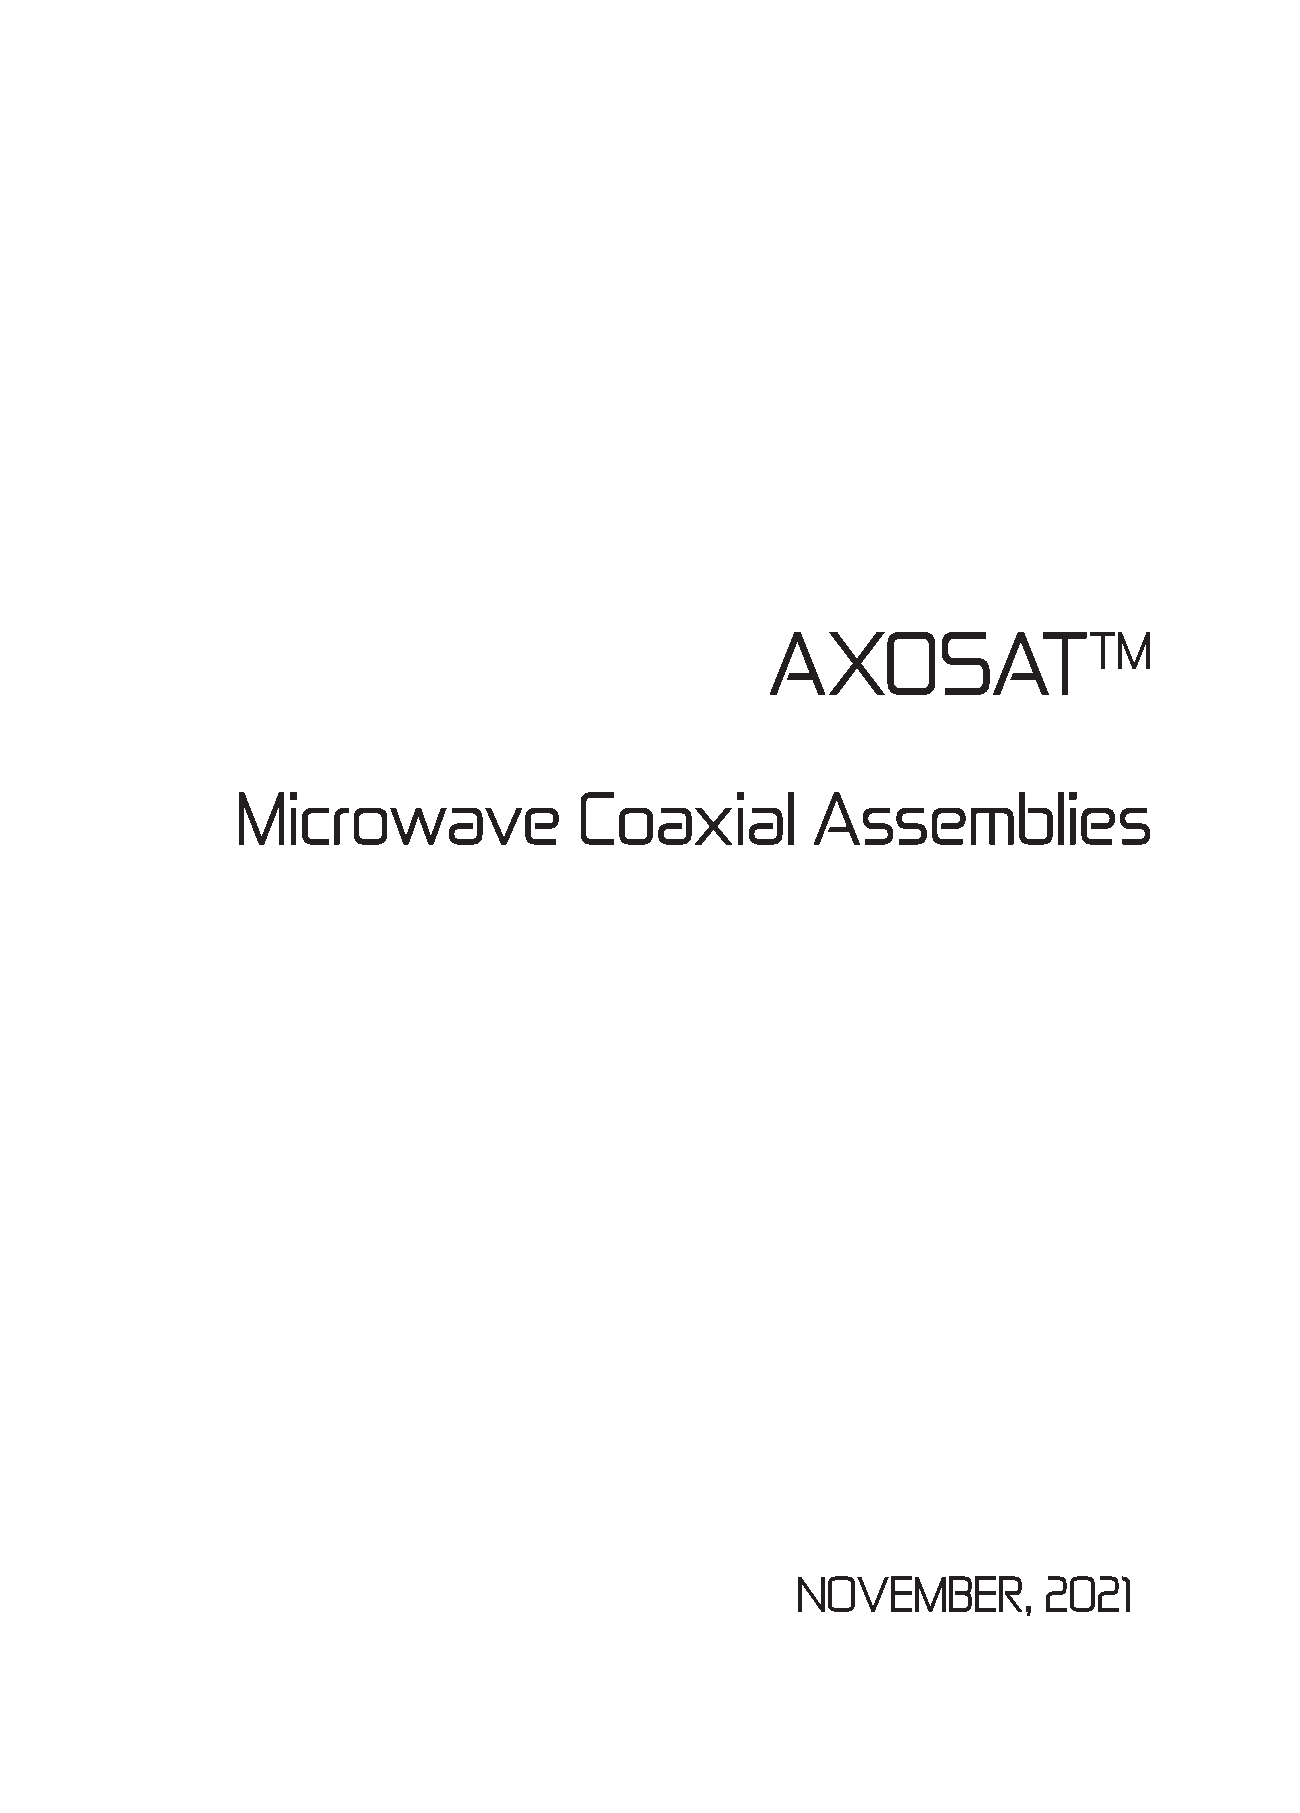
AXOSATTM
 Microwave             Coaxial         Assemblies
 NOVEMBER,       2021